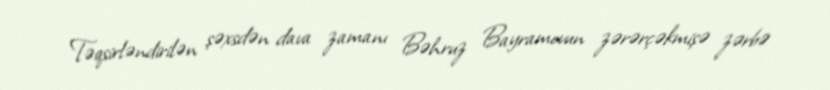
Təqsirləndirilən şəxsdən dava zamanı Bəhruz Bayramovun zərərçəkmişə zərbə